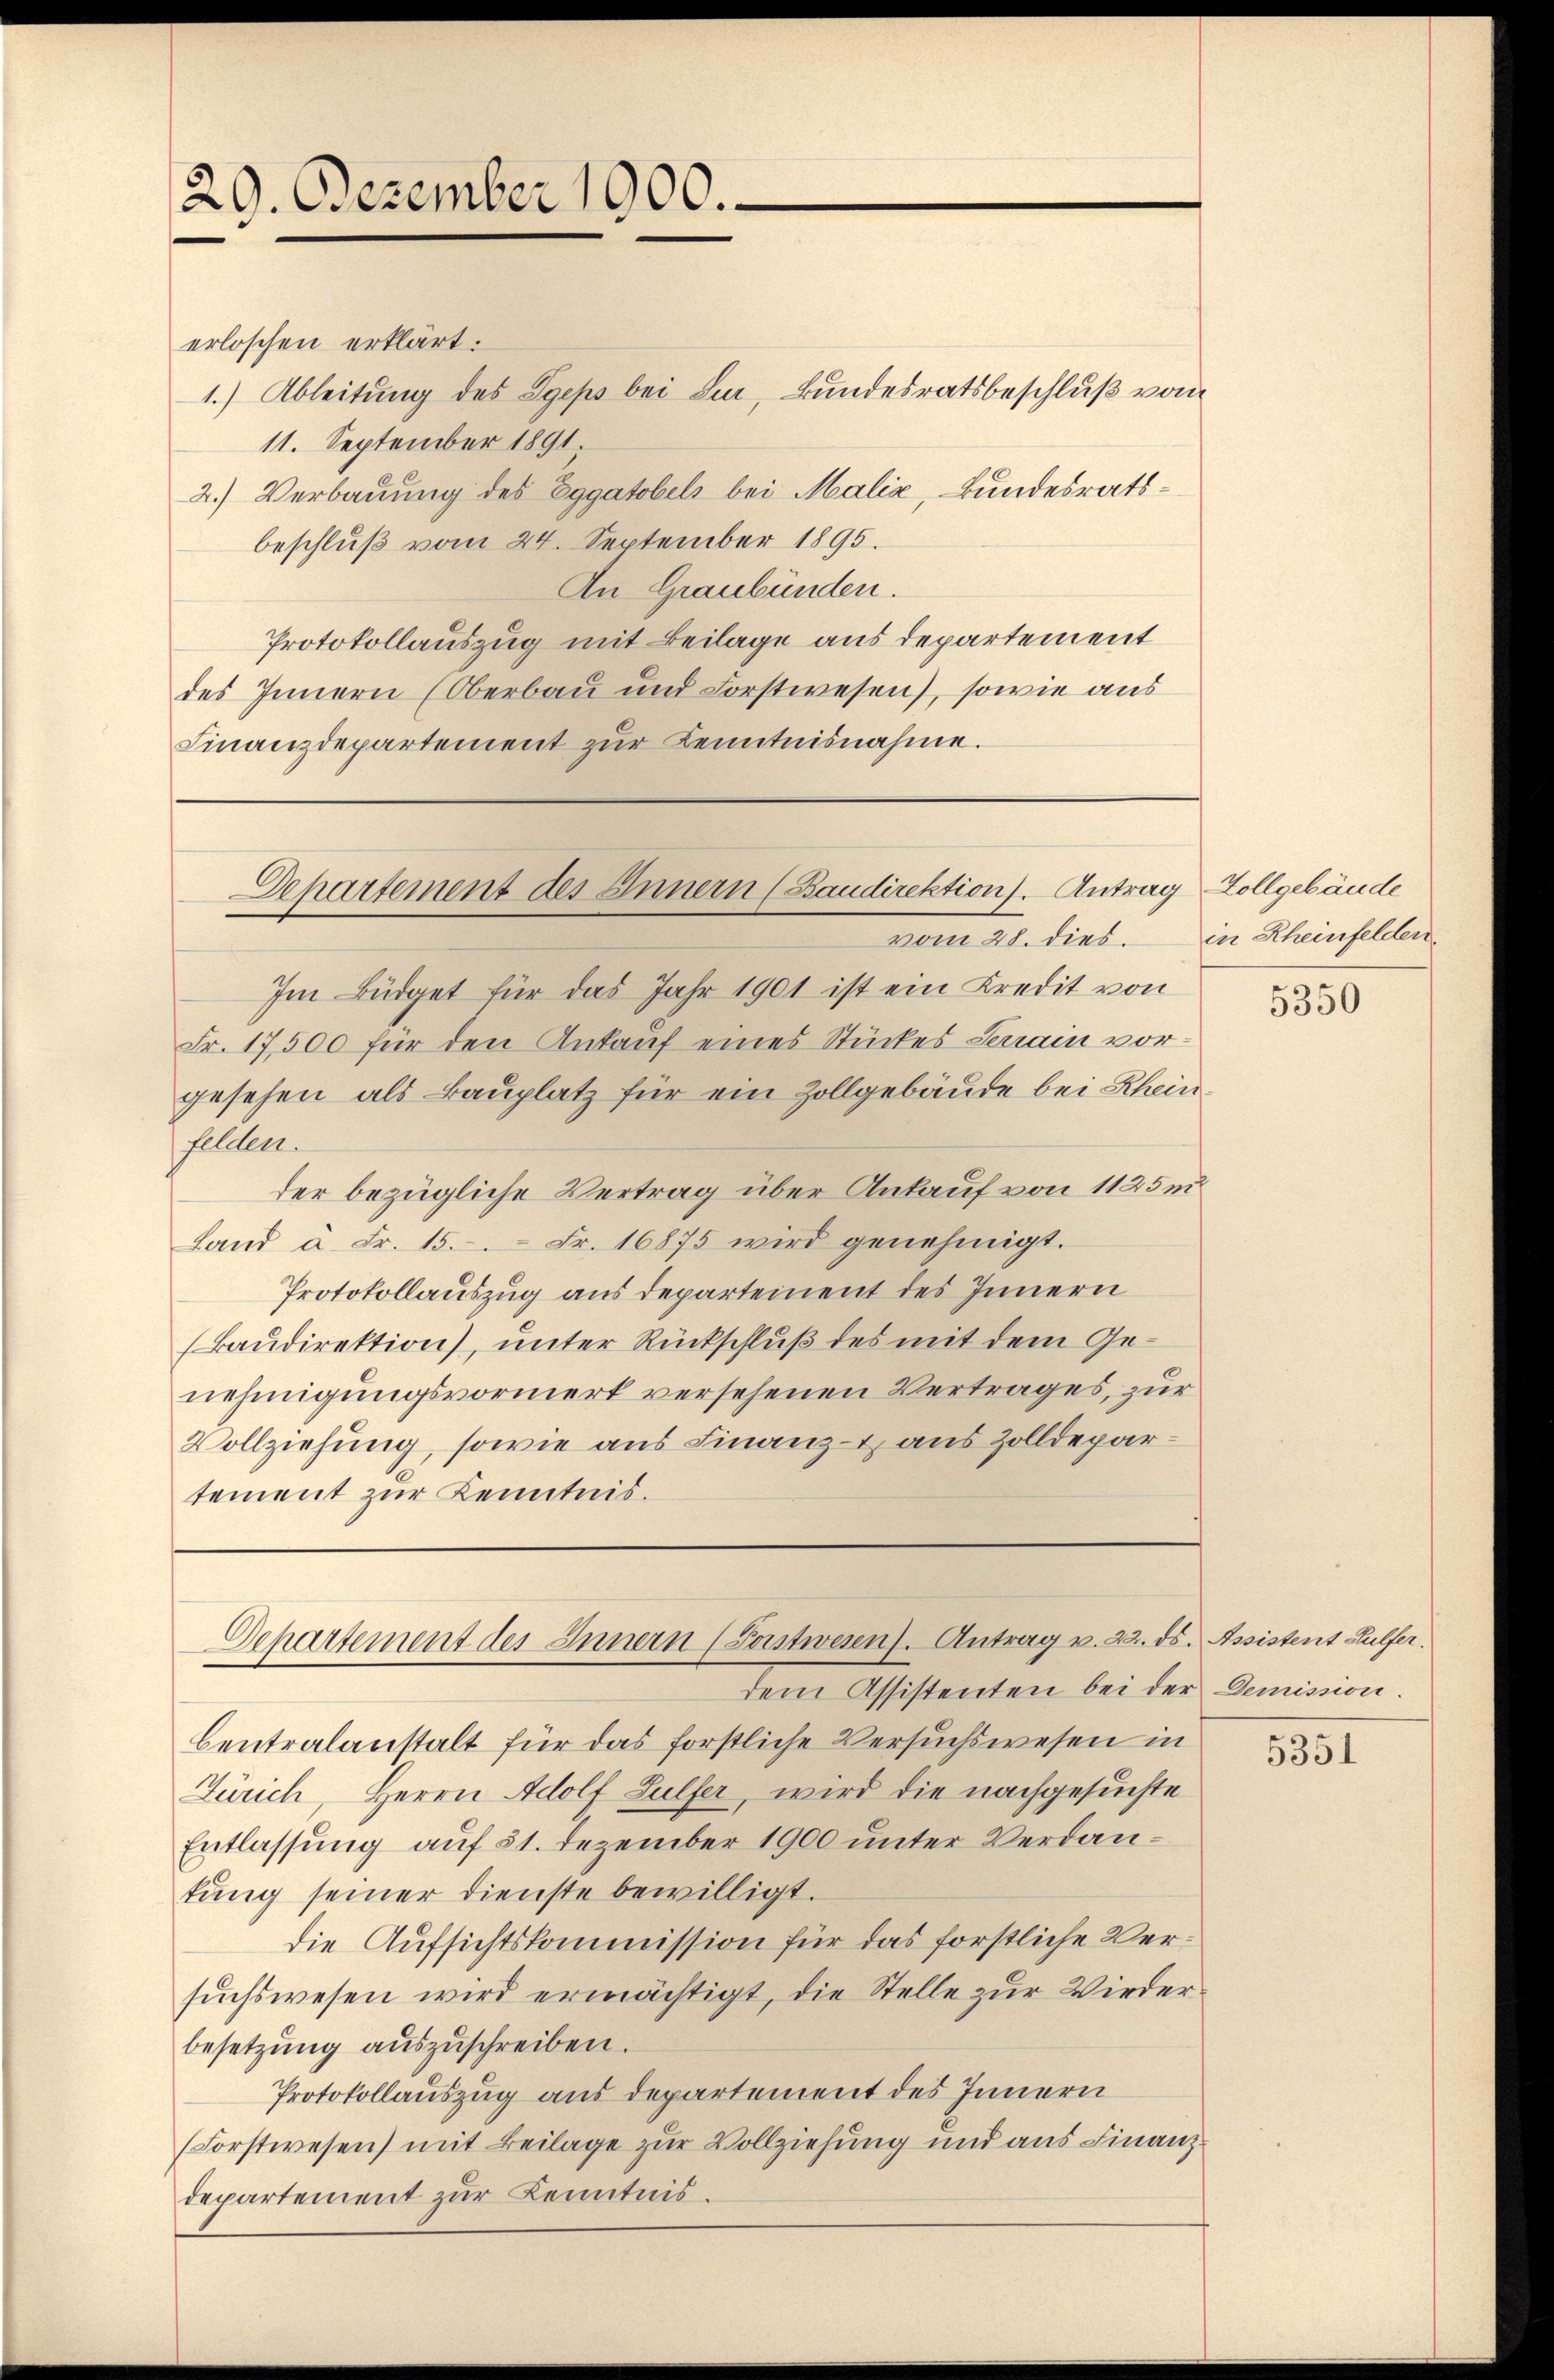
29. Dezember 1900.

erloschen erklärt.
1.) Ableitung des Sgeps bei Lur, Bundesratsbeschluß vom
11. September 1891
2.) Verbauung des Eggatobels bei Malić, Bundesratsbeschluß vom 24. September 1895.
An Graubünden.
Protokollauszug mit Beilage aus departement
des Innern (Oberbau und Forstwesen), sowie aus
Finanzdepartement zur Kenntnisnahme.

Departement des Innern (Baudirektion). Antrag
vom 28. dies.

Departement des Innern (Postwesen. Antrag v. 22. ds. Assistent Hülfer.
dem Assistenten bei der Demission.

Im Büdget für das Jahr 1901 ist ein Kredit von
Fr. 17,500 für den Ankauf eines Stückes Serrain vorgesehen als Bauplatz für ein Zollgebäude bei Rheinfelden.
ter bezügliche Vertrag über Ankauf von 1125 m
Land u. Fr. 15. Fr. 16875 wird genehmigt.
Protokollauszug aus departement des Innern
(Baudirektion), unter Rückschluß des mit dem Genehmigungsvormerk versehenen Vertrages, zur
Vollziehung, sowie aus Finanz- aus Zolldepartement zur Kenntnis.

Centralanstalt für das forstliche Versuchswesen in
Zürich, Herrn Adolf Gulfer, wird die nachgesuchte
Entlassung auf 31. Dezember 1900 unter Verdantung seiner dienste bewilligt.
die Aufsichtskommission für das forstliche Versuchswesen wird ermächtigt, die Stelle zur Wiederbesetzŭng aŭszŭschreiben.
Protokollauszug aus departement des Innern
(Forstwesen) mit Beilage zur Vollziehung und aus Finanzdepartement zur Kenntnis.

" Vollgebäude
in Rheinfelden.

5350

5351